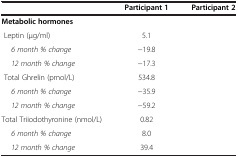
<table><thead><tr><td>[EMPTY_CELL]</td><td><b>Participant 1</b></td><td><b>Participant 2</b></td></tr></thead><tbody><tr><td><b>Metabolic hormones</b></td><td>[EMPTY_CELL]</td><td>[EMPTY_CELL]</td></tr><tr><td> Leptin (μg/ml)</td><td>5.1</td><td>[EMPTY_CELL]</td></tr><tr><td><i>6 month % change</i></td><td>−19.8</td><td>[EMPTY_CELL]</td></tr><tr><td><i>12 month % change</i></td><td>−17.3</td><td>[EMPTY_CELL]</td></tr><tr><td> Total Ghrelin (pmol/L)</td><td>534.8</td><td>[EMPTY_CELL]</td></tr><tr><td><i>6 month % change</i></td><td>−35.9</td><td>[EMPTY_CELL]</td></tr><tr><td><i>12 month % change</i></td><td>−59.2</td><td>[EMPTY_CELL]</td></tr><tr><td>Total Triiodothyronine (nmol/L)</td><td>0.82</td><td>[EMPTY_CELL]</td></tr><tr><td><i>6 month % change</i></td><td>8.0</td><td>[EMPTY_CELL]</td></tr><tr><td><i>12 month % change</i></td><td>39.4</td><td>[EMPTY_CELL]</td></tr></tbody></table>